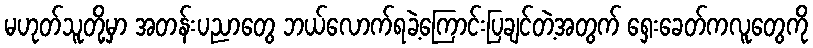
မဟုတ်သူတို့မှာ အတန်းပညာတွေ ဘယ်လောက်ရခဲ့ကြောင်းပြချင်တဲ့အတွက် ရှေးခေတ်ကလူတွေကို